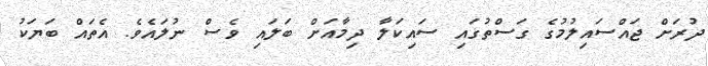
ދުރަށް ޖައްސައިލުުމުގެ ގަސްތުގައި ސައިކަލާ ދިމާއަށް ބަލައި ވެސް ނުލައެވެ. އެތައް ބަޔަކު